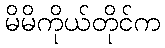
မိမိကိုယ်တိုင်က